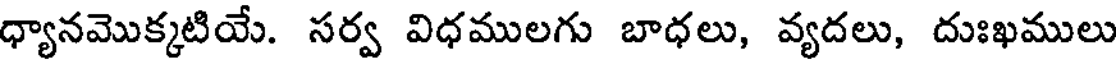
ధ్యానమొక్కటియే. సర్వ విధములగు బాధలు, వ్యదలు, దుఃఖములు